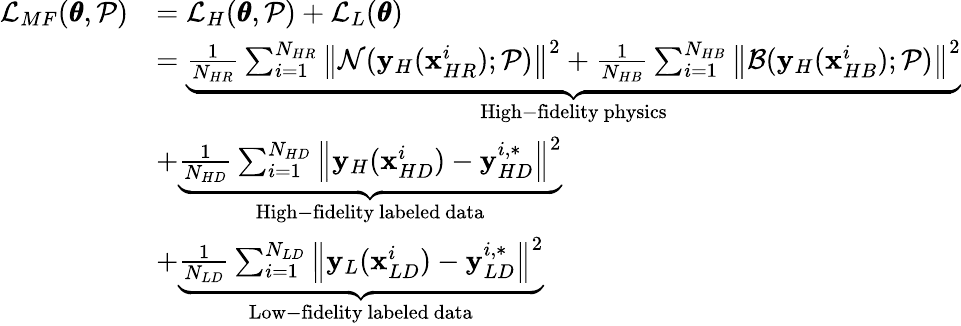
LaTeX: \begin{array}{rl}{\mathcal{L}_{MF}(\pmb{\theta},\mathcal{P})}&{=\mathcal{L}_{H}(\pmb{\theta},\mathcal{P})+\mathcal{L}_{L}(\pmb{\theta})}\\ &{=\underbrace{\frac{1}{N_{HR}}\sum_{i=1}^{N_{HR}}{\left\| \mathcal{N}(\mathbf{y}_{H}(\mathbf{x}_{HR}^{i});\mathcal{P})\right\| ^{2}}+\frac{1}{N_{HB}}\sum_{i=1}^{N_{HB}}{\left\| \mathcal{B}(\mathbf{y}_{H}(\mathbf{x}_{HB}^{i});\mathcal{P})\right\| ^{2}}}_{\mathrm{High-fidelity~physics}}}\\ &{+\underbrace{\frac{1}{N_{HD}}\sum_{i=1}^{N_{HD}}{\left\| \mathbf{y}_{H}(\mathbf{x}_{HD}^{i})-\mathbf{y}_{HD}^{i,*}\right\| ^{2}}}_{\mathrm{High-fidelity~labeled~data}}}\\ &{+\underbrace{\frac{1}{N_{LD}}\sum_{i=1}^{N_{LD}}{\left\| \mathbf{y}_{L}(\mathbf{x}_{LD}^{i})-\mathbf{y}_{LD}^{i,*}\right\| ^{2}}}_{\mathrm{Low-fidelity~labeled~data}}}\end{array}